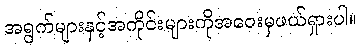
အရွက်များနှင့်အကိုင်းများကိုအဝေးမှဖယ်ရှားပါ။